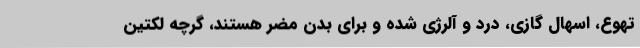
تهوع، اسهال گازی، درد و آلرژی شده و برای بدن مضر هستند، گرچه لکتین